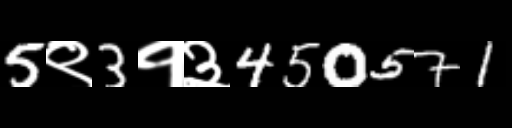
Text: 5९3१३450571